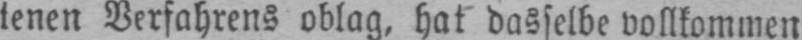
tenen Verfahrens oblag, hat dasselbe vollkommen